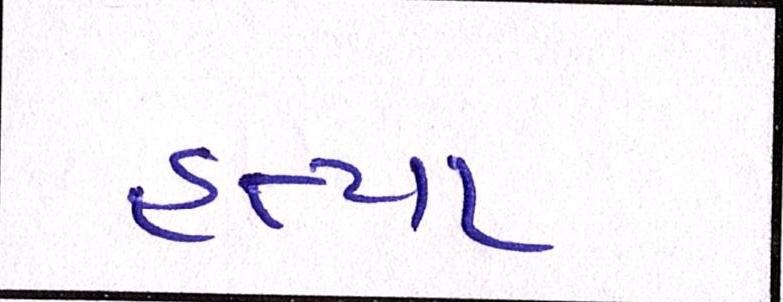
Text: હત્યા